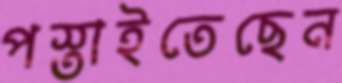
পস্তাইতেছেন